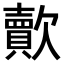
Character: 𣤯